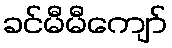
ခင်မီမီကျော်